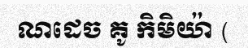
ណដេច គូ កិមិយ៉ា (